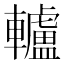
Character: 轤